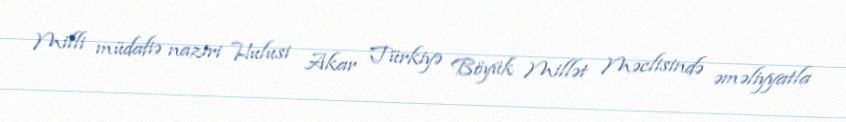
Milli müdafiə naziri Hulusi Akar Türkiyə Böyük Millət Məclisində əməliyyatla